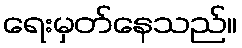
ရေးမှတ်နေသည်။